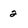
Character: 2